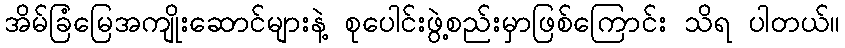
အိမ်ခြံမြေအကျိုးဆောင်များနဲ့ စုပေါင်းဖွဲ့စည်းမှာဖြစ်ကြောင်း သိရ ပါတယ်။